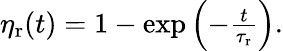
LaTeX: \begin{array}{r}{\eta_{\mathrm{r}}(t)=1-\exp\left(-\frac{t}{\tau_{\mathrm{r}}}\right).}\end{array}